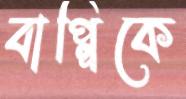
বাপ্পিকে